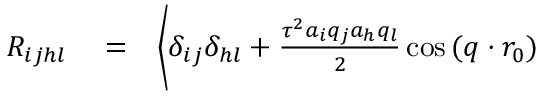
\begin{array} { r l r } { R _ { i j h l } } & { { } = } & { \bigg \langle \delta _ { i j } \delta _ { h l } + \frac { \tau ^ { 2 } a _ { i } q _ { j } a _ { h } q _ { l } } { 2 } \cos { ( \boldsymbol { q } \cdot \boldsymbol { r _ { 0 } } ) } } \end{array}